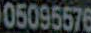
05095576